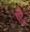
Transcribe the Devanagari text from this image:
एंट्रे